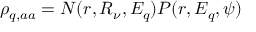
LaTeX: \rho _ { q , a a } = N ( r , R _ { \nu } , E _ { q } ) P ( r , E _ { q } , \psi )